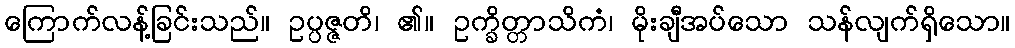
ကြောက်လန့်ခြင်းသည်။ ဥပ္ပဇ္ဇတိ၊ ၏။ ဥက္ခိတ္တာသိကံ၊ မိုးချီအပ်သော သန်လျက်ရှိသော။